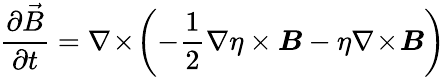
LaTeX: \frac{\partial\vec{B}}{\partial t}=\nabla\! \times\! \left(-\frac{1}{2}\nabla\eta\times\boldsymbol{B}-\eta\nabla\! \times\! \boldsymbol{B}\right)